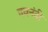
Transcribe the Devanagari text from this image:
नवनंदी